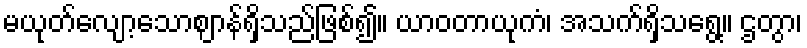
မယုတ်လျော့သောဈာန်ရှိသည်ဖြစ်၍။ ယာဝတာယုကံ၊ အသက်ရှိသရွေ့။ ဌတွာ၊